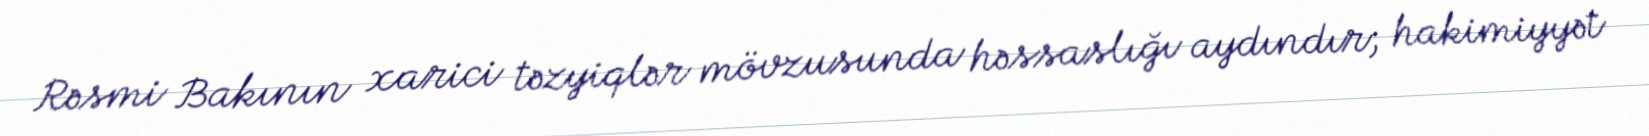
Rəsmi Bakının xarici təzyiqlər mövzusunda həssaslığı aydındır; hakimiyyət